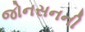
જોનસનની